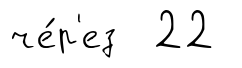
че́р'ез 22